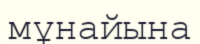
мұнайына